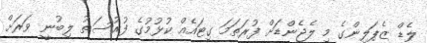
ލެޑް ޒެޕަލިންގެ މި ލެޖެންޑަށް ފުރަތަމަ ގިޓައެއް ކުޅުމުގެ ފުރުސަތު ލިބުނީ ވަރަށް